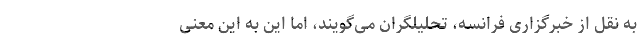
به نقل از خبرگزاری فرانسه، تحلیلگران می‌گویند، اما این به این معنی